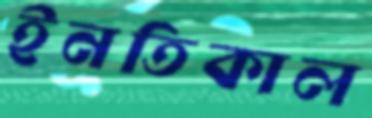
ইনতিকাল